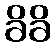
ခိခိ